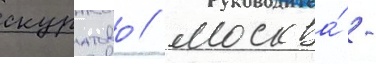
скуратово / москва́ -